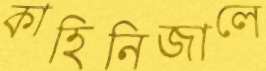
কাহিনিজালে